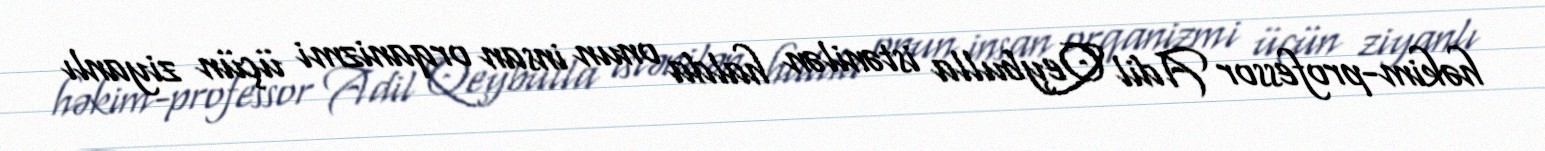
həkim-professor Adil Qeybulla istənilən halda onun insan orqanizmi üçün ziyanlı